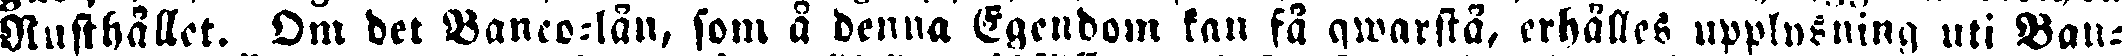
Rusthållet. Om det Banco-lån, som å denna Egendom kan få qwarstå, erhålles upplysning uti Ban-